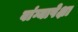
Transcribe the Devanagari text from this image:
वांग्यापेक्षा